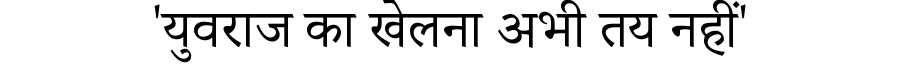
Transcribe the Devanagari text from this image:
'युवराज का खेलना अभी तय नहीं'